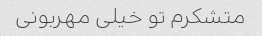
متشکرم تو خیلی مهربونی